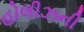
હોલીઝની